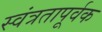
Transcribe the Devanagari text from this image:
स्वंत्रतापूर्वक